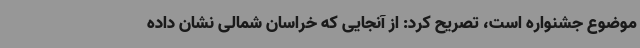
موضوع جشنواره است، تصریح کرد: از آنجایی که خراسان شمالی نشان داده